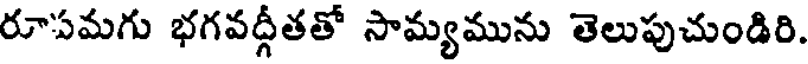
రూపమగు భగవద్గీతతో సామ్యమును తెలుపుచుండిరి.